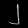
Digit: ၂